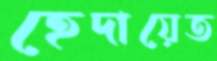
হেদায়েত